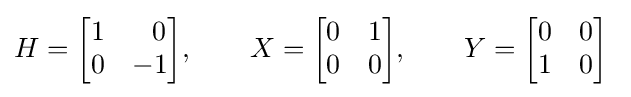
H={\begin{bmatrix}1&~~0\\0&-1\end{bmatrix}},\qquad X={\begin{bmatrix}0&1\\0&0\end{bmatrix}},\qquad Y={\begin{bmatrix}0&0\\1&0\end{bmatrix}}~